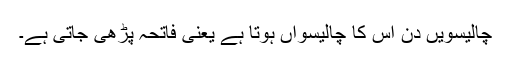
چالیسویں دن اس کا چالیسواں ہوتا ہے یعنی فاتحہ پڑھی جاتی ہے۔